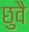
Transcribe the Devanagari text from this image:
छुवै